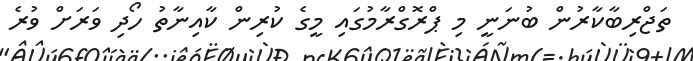
ތަޖްރިބާކާރުން ބުނަނީ މި ޕްރޮގްރާމުގައި މީގެ ކުރިން ކާއިނާތު ހޯދި ވަރަށް ވުރެ